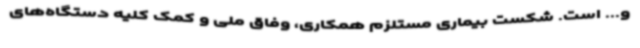
و... است. شکست بیماری مستلزم همکاری، وفاق ملی و کمک کلیه دستگاه‌های